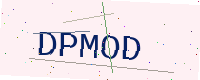
Text: DPMOD